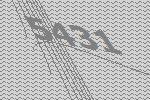
5431